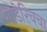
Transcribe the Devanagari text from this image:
गोडेरिचचा